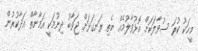
މީހަކު ކުރަ ސުވާލަކަށް އޮޅުވާލުމެއް ނެތި ރަނގަޅަށް ޖަވާބު ދިނުމަކީ އަމާނާތް އަދާކުރުން